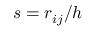
s = { r _ { i j } } { / h }